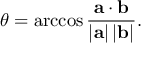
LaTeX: \theta = \operatorname { a r c c o s } { \frac { \mathbf { a } \cdot \mathbf { b } } { \left| \mathbf { a } \right| \left| \mathbf { b } \right| } } .